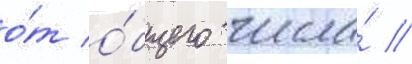
о́т о́бщего числа́ //